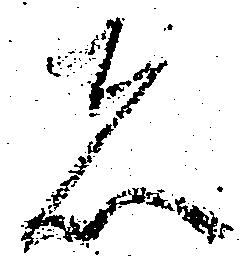
者